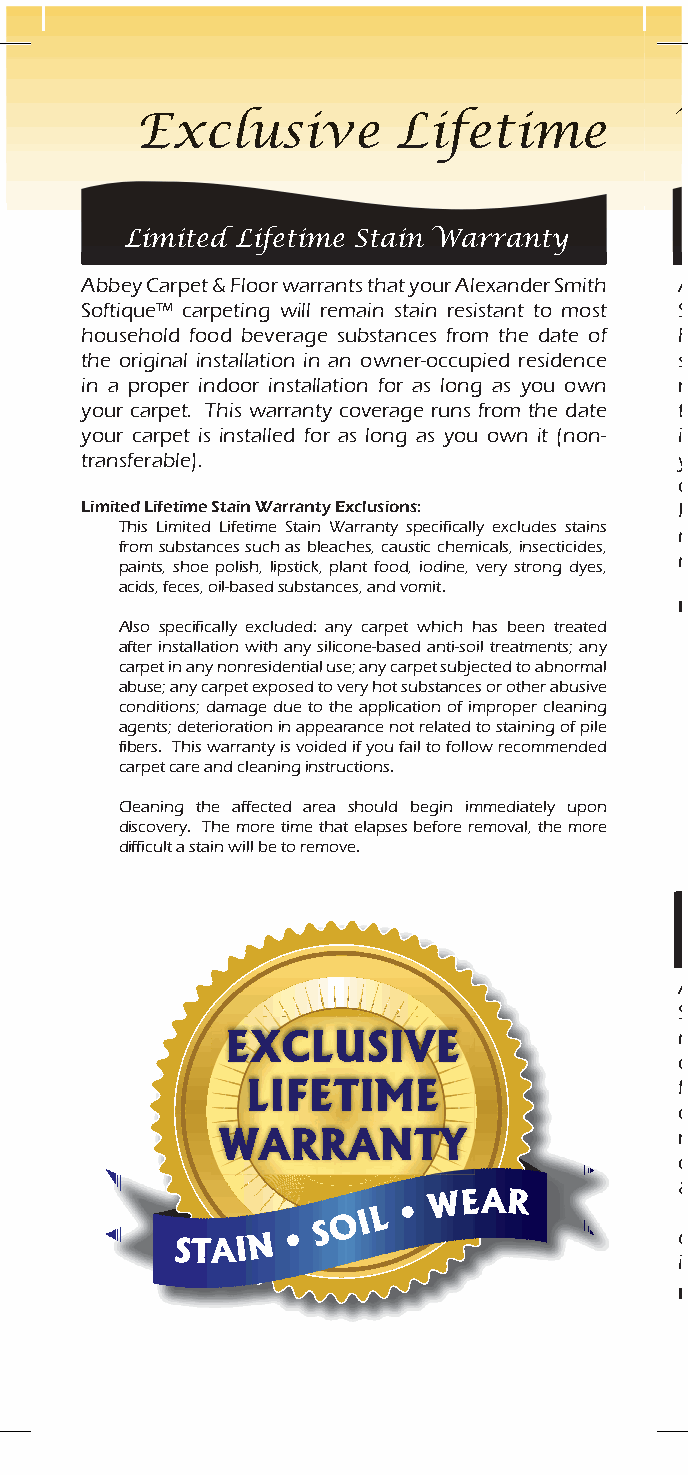
Exclusive        Lifetime           Warranty          Guidelines
 Limited Lifetime Stain Warranty
 Abbey Carpet & Floor warrants that your Alexander Smith Abbey Carpet & Floor warrants that your Alexander Smith
 Softique™ carpeting will remain stain resistant to most Softique™ carpeting will resist soiling by most common
 household food beverage substances from the date of household soil. If you properly maintain our carpet,
 the original installation in an owner-occupied residence soil will clean up more thoroughly, and less residue will
 in a proper indoor installation for as long as you own remain on your carpet. This warranty coverage runs from
 your carpet. This warranty coverage runs from the date the date your carpet is installed for as long as you own
 your carpet is installed for as long as you own it (non- it (non-transferable). Soil resistance means the ability of
 transferable).                          your carpet to resist (i.e. minimize or withstand) retention
 of the common dry dirt normally associated with carpet.
 Limited Lifetime Stain Warranty Exclusions: Keep in mind, light-colored carpets will show soiling
 This Limited Lifetime Stain Warranty specifically excludes stains
 more than darker colors and will require more frequent
 from substances such as bleaches, caustic chemicals, insecticides,
 maintenance to retain their appearance.
 paints, shoe polish, lipstick, plant food, iodine, very strong dyes,
 acids, feces, oil-based substances, and vomit.
 Limited Lifetime Soil Warranty Exclusions:
 Also specifically excluded: any carpet which has been treated
 after installation with any silicone-based anti-soil treatments; any
 carpet in any nonresidential use; any carpet subjected to abnormal
 abuse; any carpet exposed to very hot substances or other abusive
 conditions; damage due to the application of improper cleaning
 agents; deterioration in appearance not related to staining of pile
 fibers. This warranty is voided if you fail to follow recommended
 carpet care and cleaning instructions.
 Cleaning the affected area should begin immediately upon
 discovery. The more time that elapses before removal, the more
 difficult a stain will be to remove.
 Limited Lifetime Abrasive Wear Warranty
 Abbey Carpet & Floor warrants that your Alexander Smith
 Softique™ carpeting will not abrasively wear away by
 more than 10% in any area of the carpet when used in an
 owner-occupied residence in a proper indoor installation
 from the date of the original installation for as long as you
 own your carpet (non-transferable). Proper installation
 requires
 or less and minimum 6-lb density, following the Carpet
 & Rug Institute Installation Standards effective October
 details. Abrasive wear means fiber loss, and not changes
 in appearance such as crushing or matting.
 Limited Lifetime Stain Warranty Exclusions: